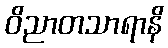
ဝိညာတသာရာနိ